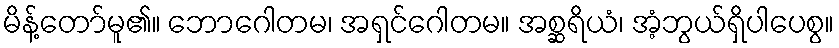
မိန့်တော်မူ၏။ ဘောဂေါတမ၊ အရှင်ဂေါတမ။ အစ္ဆရိယံ၊ အံ့ဘွယ်ရှိပါပေစွ။